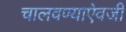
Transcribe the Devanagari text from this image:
चालवण्याऐवजी